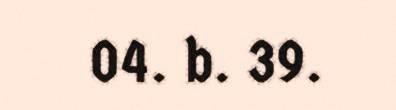
04. b. 39.